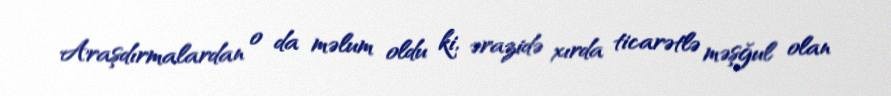
Araşdırmalardan o da məlum oldu ki, ərazidə xırda ticarətlə məşğul olan